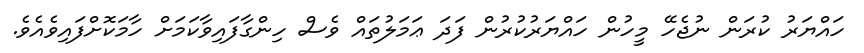
ހައްޔަރު ކުރަން ނުޖެހޭ މީހުން ހައްޔަރުކުރުން ފަދަ ޢަމަލުތައް ވެސް ހިންގާފައިވާކަމަށް ހާމަކޮށްފައިވެއެވެ.